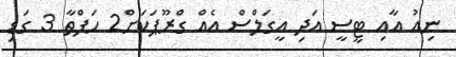
ނިއު އާއި ޓީސީ އަދި އީގަލްސް އެއް ގްރޫޕަކަށް2 ހަފްތާ 3 ގަޑި